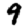
Digit: 9